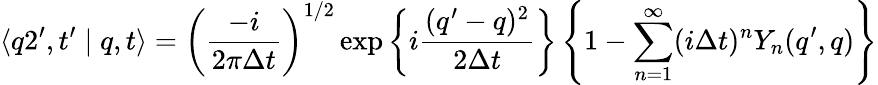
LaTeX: \langle q2^{\prime},t^{\prime}\mid q,t\rangle=\left(\frac{-i}{2\pi\Delta t}\right)^{1/2}\exp\left\{ i\frac{(q^{\prime}-q)^{2}}{2\Delta t}\right\} \left\{ 1-\sum_{n=1}^{\infty}(i\Delta t)^{n}Y_{n}(q^{\prime},q)\right\}